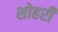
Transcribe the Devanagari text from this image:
शोहरी